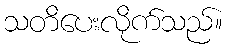
သတိပေးလိုက်သည်။